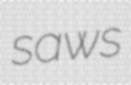
saws